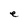
Character: e